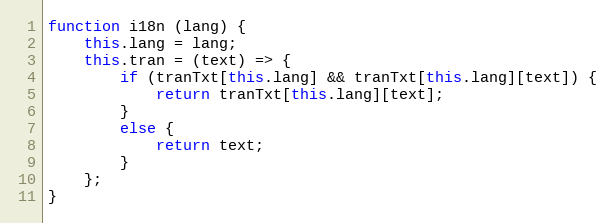
Language: JavaScript
function i18n (lang) {
    this.lang = lang;
    this.tran = (text) => {
        if (tranTxt[this.lang] && tranTxt[this.lang][text]) {
            return tranTxt[this.lang][text];
        }
        else {
            return text;
        }
    };
}